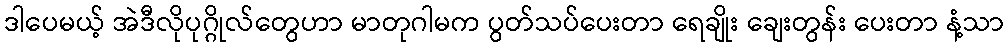
ဒါပေမယ့် အဲဒီလိုပုဂ္ဂိုလ်တွေဟာ မာတုဂါမက ပွတ်သပ်ပေးတာ ရေချိုး ချေးတွန်း ပေးတာ နံ့သာ